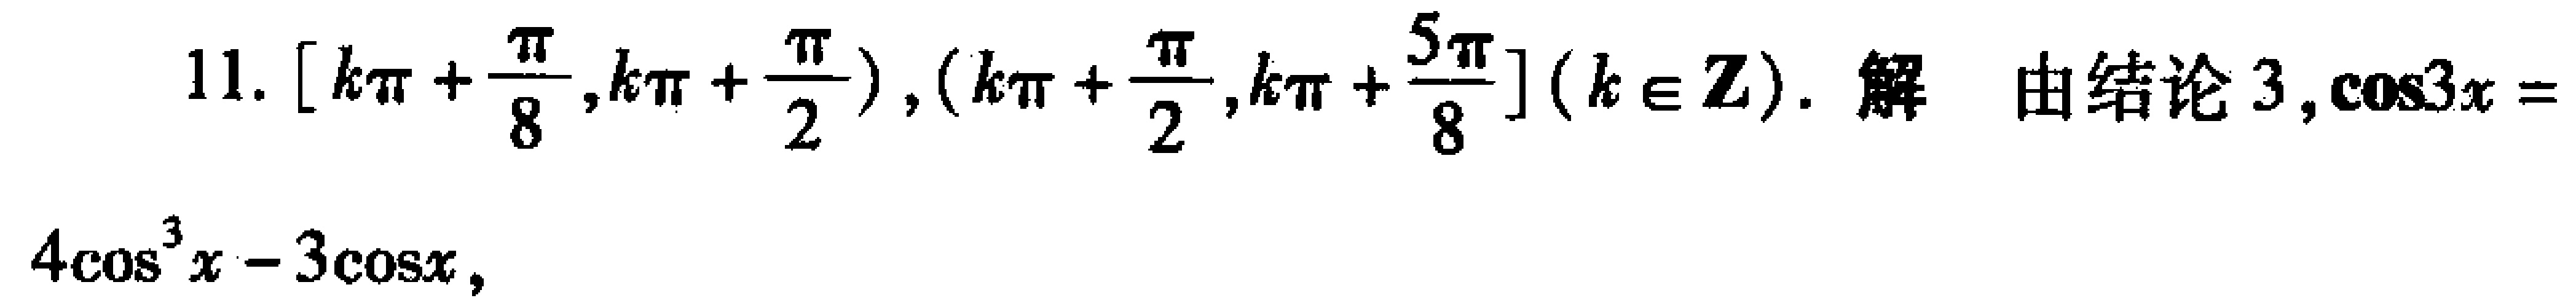
11. $\left[k\pi+\frac{\pi}{8},k\pi+\frac{\pi}{2}\right),\left(k\pi+\frac{\pi}{2},k\pi+\frac{5\pi}{8}\right](k\in\mathbb{Z})$. 解 由结论3, $\cos 3x = 4\cos^{3}x - 3\cos x$,